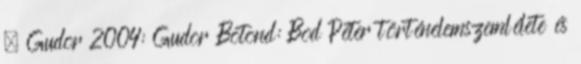
↑ Gudor 2004: Gudor Botond: Bod Péter történelemszemlélete és